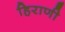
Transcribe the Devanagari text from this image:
हिराणी